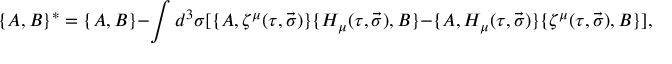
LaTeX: \lbrace A , B \rbrace { } ^ { * } = \lbrace A , B \rbrace - \int d ^ { 3 } \sigma [ \lbrace A , \zeta ^ { \mu } ( \tau , \vec { \sigma } ) \rbrace \lbrace { \cal H } _ { \mu } ( \tau , \vec { \sigma } ) , B \rbrace - \lbrace A , { \cal H } _ { \mu } ( \tau , \vec { \sigma } ) \rbrace \lbrace \zeta ^ { \mu } ( \tau , \vec { \sigma } ) , B \rbrace ] ,